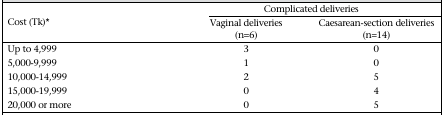
<table><thead><tr><td rowspan="2"><b>Cost (Tk)*</b></td><td colspan="2"><b>Complicated deliveries</b></td></tr><tr><td><b>Vaginal deliveries (n=6)</b></td><td><b>Caesarean-section deliveries (n=14)</b></td></tr></thead><tbody><tr><td>Up to 4,999</td><td>3</td><td>0</td></tr><tr><td>5,000-9,999</td><td>1</td><td>0</td></tr><tr><td>10,000-14,999</td><td>2</td><td>5</td></tr><tr><td>15,000-19,999</td><td>0</td><td>4</td></tr><tr><td>20,000 or more</td><td>0</td><td>5</td></tr></tbody></table>